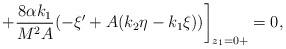
LaTeX: \begin{align*}+\frac{8\alpha k_1}{M^2 A} (-\xi^\prime+A(k_2\eta-k_1\xi))\bigg]_{z_1=0+}=0,\end{align*}